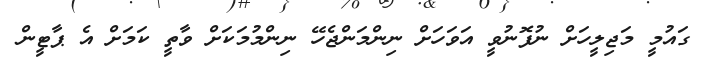
ގައުމީ މަޖިލީހަށް ނުފޮނުވީ އަވަހަށް ނިންމަންޖެހޭ ނިންމުމަކަށް ވާތީ ކަމަށް އެ ޕާޓީން